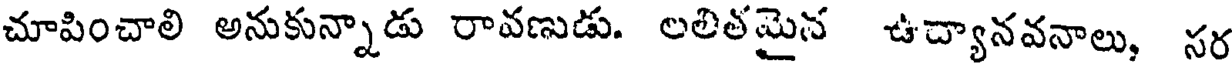
చూపించాలి అనుకున్నాడు రావణుడు. లలితమైన ఉచ్యానవనాలు, సర